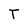
Character: T